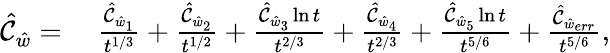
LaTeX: \begin{array}{rl}{\hat{\mathcal{C}}_{\hat{w}}=}&{\; \frac{\hat{\mathcal{C}}_{\hat{w}_{1}}}{t^{1/3}}+\frac{\hat{\mathcal{C}}_{\hat{w}_{2}}}{t^{1/2}}+\frac{\hat{\mathcal{C}}_{\hat{w}_{3}}\ln t}{t^{2/3}}+\frac{\hat{\mathcal{C}}_{\hat{w}_{4}}}{t^{2/3}}+\frac{\hat{\mathcal{C}}_{\hat{w}_{5}}\ln t}{t^{5/6}}+\frac{\hat{\mathcal{C}}_{\hat{w}_{err}}}{t^{5/6}},}\end{array}